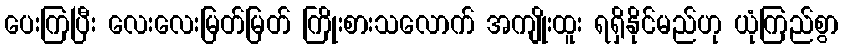
ပေးကြပြီး လေးလေးမြတ်မြတ် ကြိုးစားသလောက် အကျိုးထူး ရရှိနိုင်မည်ဟု ယုံကြည်စွာ